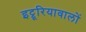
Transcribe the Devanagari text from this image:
इट्रूरियावालों